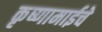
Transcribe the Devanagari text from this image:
कृष्णामाईचे